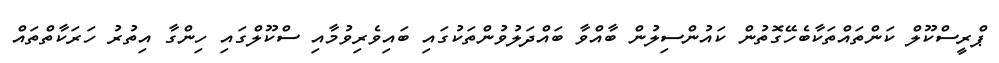
ޕްރީސްކޫލް ކަންތައްތަކާބެހޭގޮތުން ކައުންސިލުން ބާއްވާ ބައްދަލުވުންތަކުގައި ބައިވެރިވުމާއި ސްކޫލްގައި ހިންގާ އިތުރު ހަރަކާތްތައް